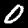
Digit: 0